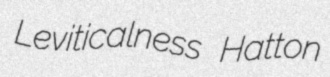
Leviticalness Hatton